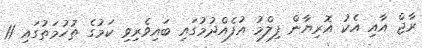
ރާޖް އާއި އެކު އޮރިޔާން ފިލްމު އުފެއްދުމުގައި ބައިވެރިވި ކަމުގެ ތުހުމަތުގައި 11